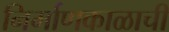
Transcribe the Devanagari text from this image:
निर्माणकाळाची